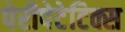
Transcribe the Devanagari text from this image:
पेरीपेटेटिक्स